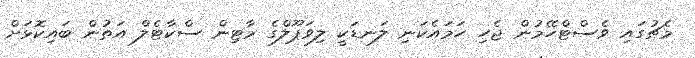
މެޗުގައި ވެސްޓްހޭމުން ޖެހި ހަމައެކަނި ލަނޑަކީ ލިވަޕޫލްގެެ މާޓިން ސްކާޓެލް އަތުން ބައިކޮޅަށް